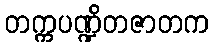
တက္ကပဏ္ဍိတဇာတက